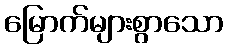
မြောက်များစွာသော